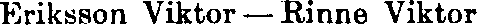
Eriksson Viktor — Rinne Viktor